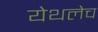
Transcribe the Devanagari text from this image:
येथलेच